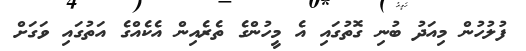
ފުލުހުން މިއަދު ބުނި ގޮތުގައި އެ މީހުންގެ ތެރެއިން އެކެއްގެ އަތުގައި ވަގަށް